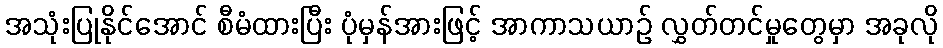
အသုံးပြုနိုင်အောင် စီမံထားပြီး ပုံမှန်အားဖြင့် အာကာသယာဉ် လွှတ်တင်မှုတွေမှာ အခုလို